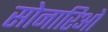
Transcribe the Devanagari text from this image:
सोनारिओ